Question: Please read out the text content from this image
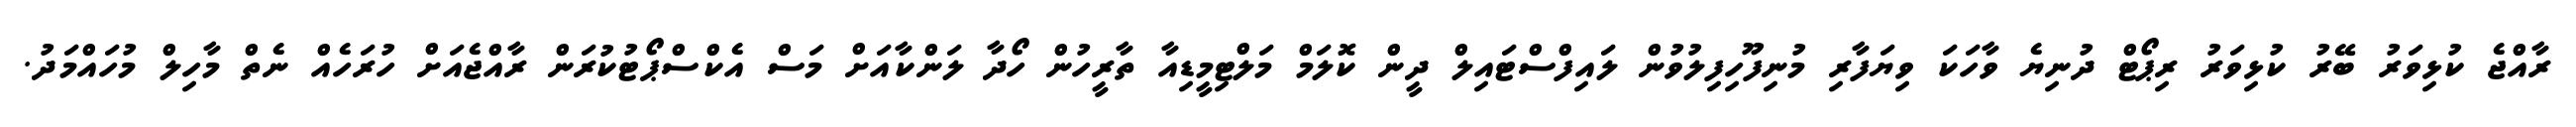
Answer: ރާއްޖެ ކުޅިވަރު ބޭރު ކުޅިވަރު ރިޕޯޓް ދުނިޔެ ވާހަކަ ވިޔަފާރި މުނިފޫހިފިލުވުން ލައިފްސްޓައިލް ދީން ކޮލަމް މަލްޓިމީޑިއާ ތާރީހުން ހޯދާ ލަންކާއަށް މަސް އެކްސްޕޯޓުކުރަން ރާއްޖެއަށް ހުރަހެއް ނެތް މާހިލް މުހައްމަދު.